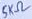
Text: 5KΩ